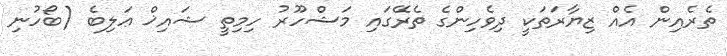
ތެރެއިން އެއް ޒިޔާރަތަކީ ދިވެހިންގެ ތެރޭގައި މަޝްހޫރު ހިމިތީ ޝައިޚް ޢަލިބެ (ބޯހުނި